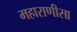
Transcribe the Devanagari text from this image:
महाराणीसा